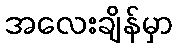
အလေးချိန်မှာ